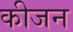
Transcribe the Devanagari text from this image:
कीजन